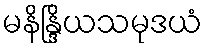
မနိန္ဒြိယသမုဒယံ